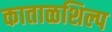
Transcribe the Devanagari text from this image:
काताळशिल्प